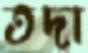
তদা